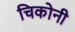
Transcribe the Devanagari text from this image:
चिकोनी